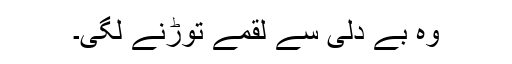
وہ بے دلی سے لقمے توڑنے لگی۔